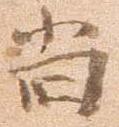
尚